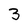
Character: 3